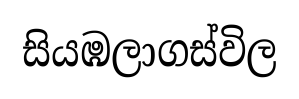
සියඹලාගස්විල